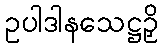
ဥပါဒါနသေဋ္ဌဉှိ